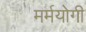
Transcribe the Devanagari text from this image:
मर्मयोगी